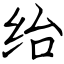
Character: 绐